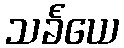
သင်္ခယေ